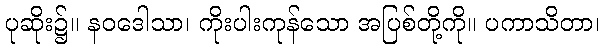
ပုဆိုး၌။ နဝဒေါသာ၊ ကိုးပါးကုန်သော အပြစ်တို့ကို။ ပကာသိတာ၊